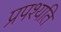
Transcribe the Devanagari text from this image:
प्रपश्यति